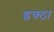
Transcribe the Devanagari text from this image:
इक्ठा